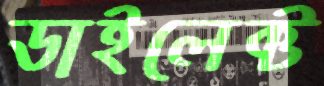
ডাইলেক্ট